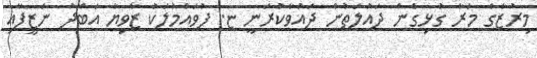
މިރުޒާގެ މަރާ ގުޅިގެން ދައުލަތުން ދައުވާކުރަނީ ޏ. ފުވައްމުލަކު ޒާވިޔާ އަބްދު ނަޒީފާއި